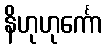
နိဟုဟုင်္ကော